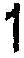
1